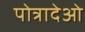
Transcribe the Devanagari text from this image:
पोत्रादेओ